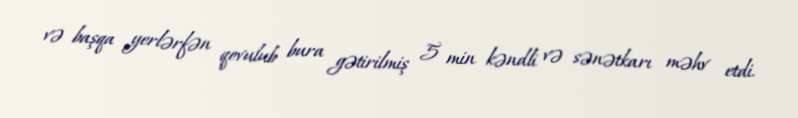
və başqa yerlərfən qovulub bura gətirilmiş 5 min kəndli və sənətkarı məhv etdi.